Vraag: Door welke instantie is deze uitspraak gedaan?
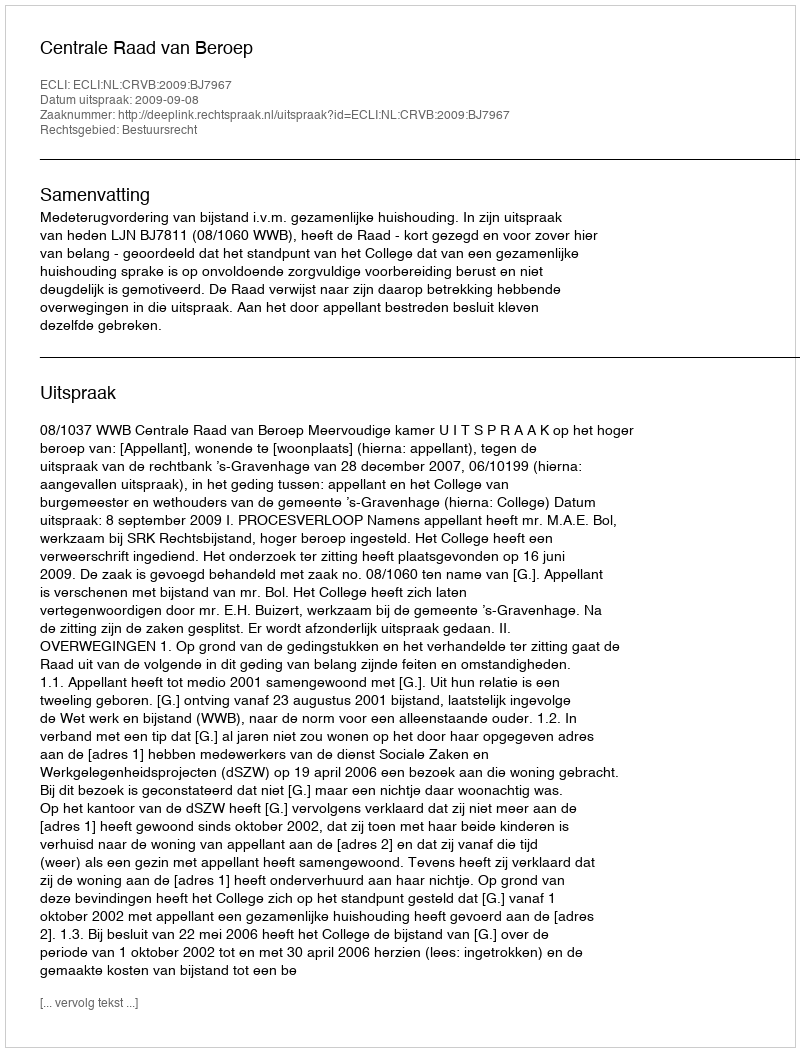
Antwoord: Centrale Raad van Beroep